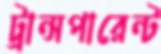
ট্রান্সপারেন্ট